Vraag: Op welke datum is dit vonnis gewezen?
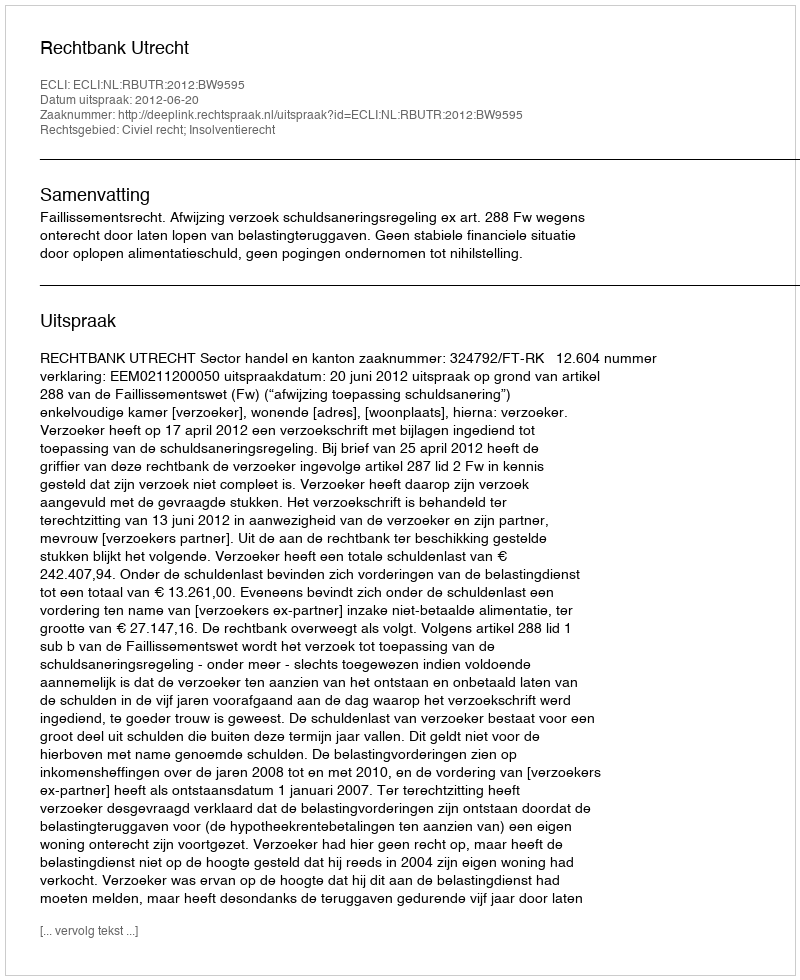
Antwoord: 2012-06-20